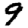
Digit: 9